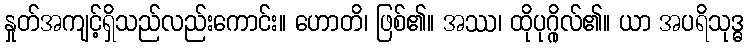
နှုတ်အကျင့်ရှိသည်လည်းကောင်း။ ဟောတိ၊ ဖြစ်၏။ အဿ၊ ထိုပုဂ္ဂိုလ်၏။ ယာ အပရိသုဒ္ဓ